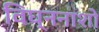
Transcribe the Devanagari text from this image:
विघ्ननाशो